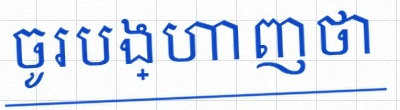
ចូរបង្ហាញថា